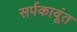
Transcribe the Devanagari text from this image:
सर्पकावूंत